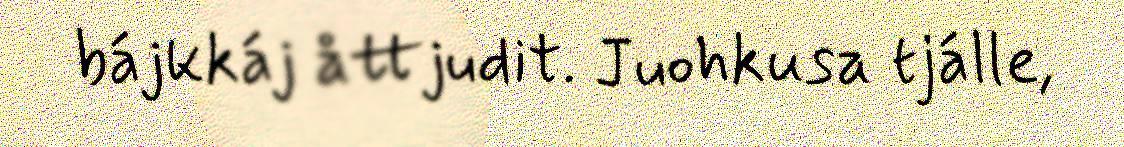
bájkkáj åttjudit. Juohkusa tjálle,